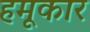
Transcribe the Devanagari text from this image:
हमूकार